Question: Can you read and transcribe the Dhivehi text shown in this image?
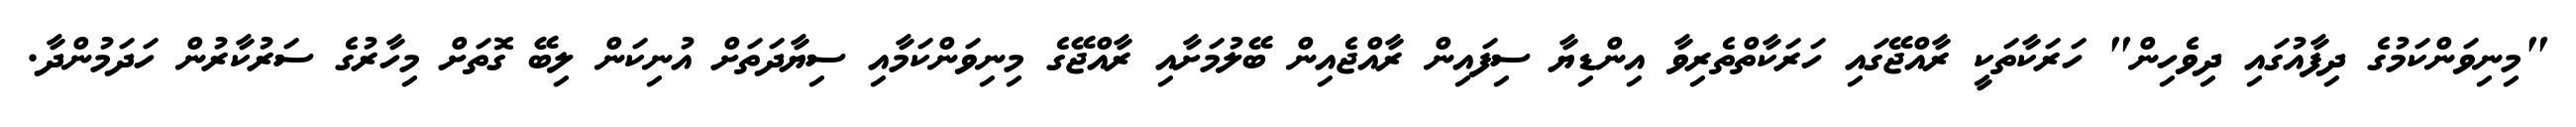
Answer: "މިނިވަންކަމުގެ ދިފާއުގައި ދިވެހިން" ހަރަކާތަކީ ރާއްޖޭގައި ހަރަކާތްތެރިވާ އިންޑިޔާ ސިފައިން ރާއްޖެއިން ބޭލުމަށާއި ރާއްޖޭގެ މިނިވަންކަމާއި ސިޔާދަތަށް އުނިކަން ލިބޭ ގޮތަށް މިހާރުގެ ސަރުކާރުން ހަދަމުންދާ.